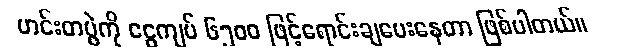
ဟင်းတပွဲကို ငွေကျပ် ၆၅၀၀ ဖြင့်ရောင်းချပေးနေတာ ဖြစ်ပါတယ်။